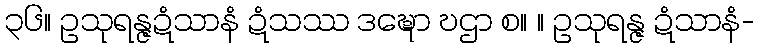
၃၆။ ဥသုရန္ဇဍံသာနံ ဍံသဿ ဒဍ္ဎော ဎဌာ စ။ ။ ဥသုရန္ဇ ဍံသာနံ-